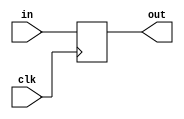
//defines here
`define DMW 2
`define DMD 8
`define DAW 3
`define ONE 1
`define VER 1
`define VID 3
`define TIMEOUT 7

//modules declarations
//DFF declaration
module ff(clk,in,out);
    parameter AW = 0;
    input             clk;
    input  [AW - 1:0] in ;
    output [AW - 1:0] out;
    reg    [AW - 1:0] out;
    
    always@(posedge clk) begin
        out <= in;
    end
endmodule 

//RF declaration
module rf(clk,re,ra,rd);
    parameter AW = 0, MW = 0, MD = 0;
    input             clk, re;
    input  [AW - 1:0] ra     ;
    output [MW - 1:0] rd     ;
    reg    [MW - 1:0] rd     ;
    
    reg    [MW - 1:0] mem [0:MD -1];
        
    always@(posedge clk) begin
        if(re) begin
            rd <= mem[ra];
        end
    end
endmodule

//Counter declaration
module counter(clk,en, r_, cnt);
   parameter AW = 0;
   input clk,r_,en;
   output [AW - 1:0] cnt;
   reg    [AW - 1:0] cnt;
  
  always@(posedge clk or negedge r_) begin
      if(~r_) begin
         cnt <= -1;
     end
     else begin
         if(en) begin
         cnt <= cnt + 1;
     end
     end
  end
endmodule

module tb_control(clk,
                  stop_sim,
                  bubble,
                  stall);
   input          clk,
                  stop_sim;
   output         bubble,
                  stall;
   reg            bubble,
                  stall,
                  cmp_on,
                  start_sim,
                  rd_1st_2;
   initial begin
       start_sim = 1'b1;
       cmp_on = 1'b1;
       rd_1st_2 = 1'b1;
       stall = 1'b0;
   end       
       
   always@(posedge clk) begin
       bubble = (cmp_on & ~stall & start_sim & rd_1st_2);
   end
   endmodule

//Testbecnh declaration
module testbench();
    //control block
    reg clk, rd_en, r_;
    wire bubble;
    //wire rd_en_ff;
    wire [`DAW - 1:0] ra;
    wire [`DMW - 1:0] rd;
    //mux to dut    
    wire [`DAW - 1:0] ra_mux;
    wire zero_mux = (ra_mux == 0 || ra_mux == 1);
    wire [`DMW - 1:0] stim_vec = (zero_mux | bubble) ? 0: rd;
    //id/version checker
    wire [`DMW - 1:0] version = `VER;
    wire [`DMW - 1:0] id = `VID;
    wire version_assert = (rd == version);
    wire id_assert = (rd == id);
    wire stall;
    reg stop_sim;
    //timeout checker
    //integer 
        
    
    //instantiations
    tb_control control(.clk(clk),.stop_sim(stop_sim),.bubble(bubble),.stall(stall));
    counter #(.AW(`DAW)) counter(.clk(clk),.en(bubble),.r_(r_),.cnt(ra));
    rf #(.AW(`DAW),.MW(`DMW),.MD(`DMD)) rf(.clk(clk),.re(bubble),.ra(ra),.rd(rd));
    //ff #(.AW(`ONE)) ff_stim(.clk(clk),.in(rd_en),.out(rd_en_ff));
    ff #(.AW(`DAW)) ff_ra_mux(.clk(clk),.in(ra),.out(ra_mux));
  
    //control block init  
    initial begin
       $readmemb("E:\\\\mem_list",rf.mem);
       clk = 1'b0;
       //rd_en = 1'b0;
       rd_en = 1'b1;
       r_ = 1'b0;
       #1
       r_ = 1'b1;
       stop_sim = 1'b0;
    end
   
    always clk = #2 ~clk;
    
    always @(posedge clk) begin
    //id/version checker logic
    //using ra_mux (delayed version of ra) to
    //select the appropriate rd value which
    //gets delayed by the rf operation
       if(ra_mux == 0) begin
            if(~version_assert) begin
                $display("Vector version mismatch! Exiting simulation");
                $finish;
            end
        end
       if(ra_mux == 1) begin
            if(~id_assert) begin
                $display("Vector Id mismatch! Exiting simulation");
                $finish;
            end
        end           
   end
endmodule